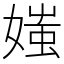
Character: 媸